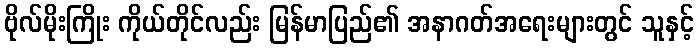
ဗိုလ်မိုးကြိုး ကိုယ်တိုင်လည်း မြန်မာပြည်၏ အနာဂတ်အရေးများတွင် သူနှင့်